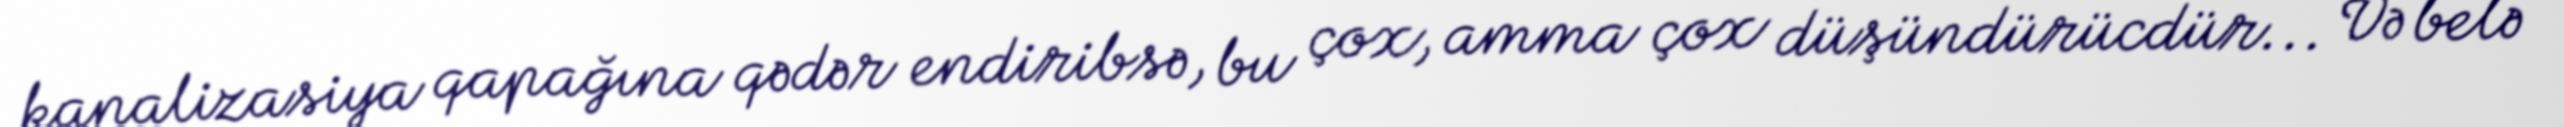
kanalizasiya qapağına qədər endiribsə, bu çox, amma çox düşündürücdür... Və belə